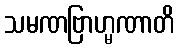
သမဏဗြာဟ္မဏာတိ